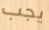
يجب